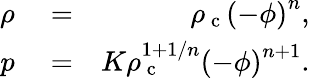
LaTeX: \begin{array}{rlr}{\rho}&{{}=}&{\rho_{\mathrm{~c~}}\left(-\phi\right)^{n},}\\ {p}&{{}=}&{K\rho_{\mathrm{~c~}}^{1+1/n}\left(-\phi\right)^{n+1}.}\end{array}